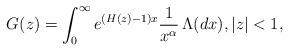
LaTeX: \begin{align*}G(z) = \int_0^\infty e^{(H(z)-1)x}\frac 1 {x^\alpha}\,\Lambda(dx),|z|<1,\end{align*}